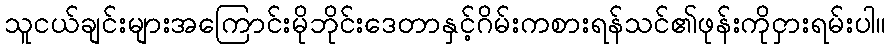
သူငယ်ချင်းများအကြောင်းမိုဘိုင်းဒေတာနှင့်ဂိမ်းကစားရန်သင်၏ဖုန်းကိုငှားရမ်းပါ။